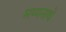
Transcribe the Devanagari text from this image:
मय्यनाथे